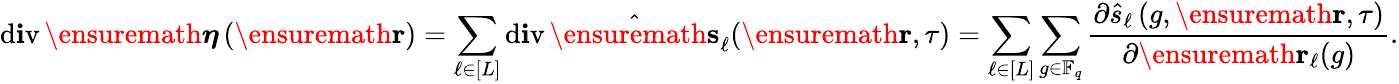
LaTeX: \operatorname{d\mathbf{i}v}\ensuremath{{\boldsymbol{\eta}}}\left(\ensuremath{{\mathbf{{r}}}}\right)=\sum_{\ell\in[L]}\operatorname{d\mathbf{i}v}\hat{{\ensuremath{{\mathbf{{s}}}}}}_{\ell}(\ensuremath{{\mathbf{{r}}}},\tau)=\sum_{\ell\in[L]}\sum_{g\in\mathbb{{F}}_{q}}\frac{{\partial\hat{{s}}_{\ell}\left(g,\ensuremath{{\mathbf{{r}}}},\tau\right)}}{{\partial\ensuremath{{\mathbf{{r}}}}_{\ell}(g)}}.